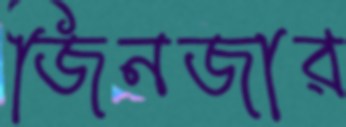
জিনজার